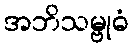
အဘိသမ္ဗုဓံ